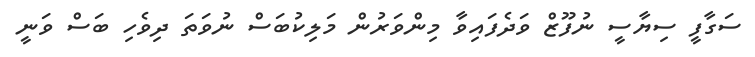
ސަގާފީ ސިޔާސީ ނުފޫޒް ވަދެފައިވާ މިންވަރުން މަލިކުބަސް ނުވަަތަ ދިވެހި ބަސް ވަނީ